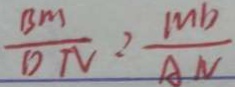
\frac { B M } { D N } = \frac { m b } { A N }